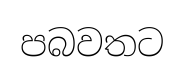
පබවතට